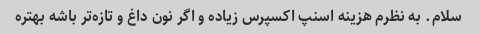
سلام. به نظرم هزینه اسنپ اکسپرس زیاده و اگر نون داغ و تازه‌تر باشه بهتره